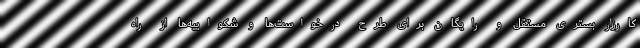
کارزار بستری مستقل و رایگان برای طرح درخواست‌ها و شکواییه‌ها از راه